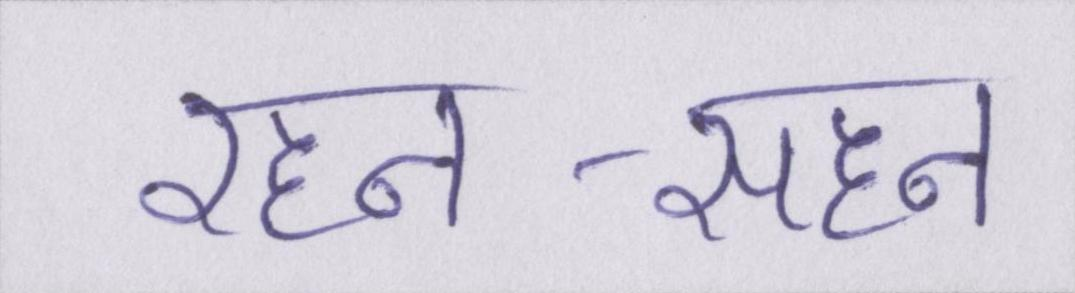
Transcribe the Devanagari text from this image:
रहन-सहन